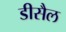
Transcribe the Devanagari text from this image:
डीसैल